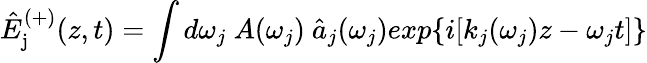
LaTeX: \hat{E}_{\mathrm{j}}^{(+)}(z,t)=\int d\omega_{j}~A(\omega_{j})~\hat{a}_{j}(\omega_{j})exp\{ i[k_{j}(\omega_{j})z-\omega_{j}t]\}